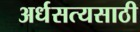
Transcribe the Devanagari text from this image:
अर्धसत्यसाठी